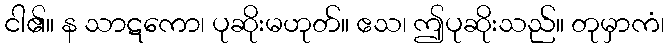
ငါ၏။ န သာဋကော၊ ပုဆိုးမဟုတ်။ ဧသ၊ ဤပုဆိုးသည်။ တုမှာကံ၊